Annual report of the Bengal Veterinary College and of the Civil Veterinary Department, Bengal, for the year 1917-18 - 1917-1918
Year: 1917
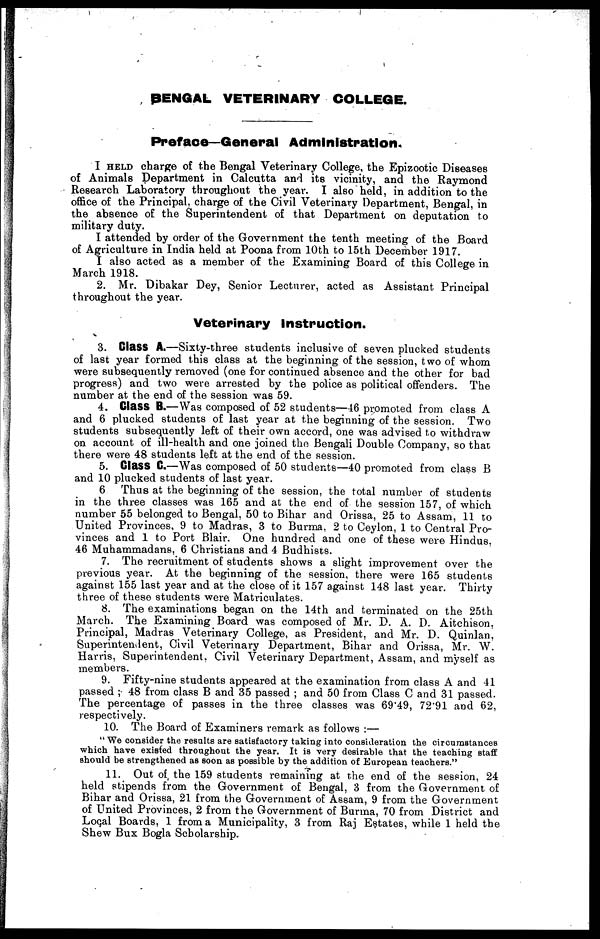
BENGAL VETERINARY COLLEGE.
Preface—General Administration.
I HELD charge of the Bengal Veterinary College, the Epizootic Diseases
of Animals Department in Calcutta and its vicinity, and the Raymond
Research Laboratory throughout the year. I also held, in addition to the
office of the Principal, charge of the Civil Veterinary Department, Bengal, in
the absence of the Superintendent of that Department on deputation to
military duty.
I attended by order of the Government the tenth meeting of the Board
of Agriculture in India held at Poona from 10th to 15th December 1917.
I also acted as a member of the Examining Board of this College in
March 1918.
2. Mr. Dibakar Dey, Senior Lecturer, acted as Assistant Principal
throughout the year.
Veterinary Instruction.
3. Class A.—Sixty-three students inclusive of seven plucked students
of last year formed this class at the beginning of the session, two of whom
were subsequently removed (one for continued absence and the other for bad
progress) and two were arrested by the police as political offenders. The
number at the end of the session was 59.
4. Class B.—Was composed of 52 students—46 promoted from class A
and 6 plucked students of last year at the beginning of the session. Two
students subsequently left of their own accord, one was advised to withdraw
on account of ill-health and one joined the Bengali Double Company, so that
there were 48 students left at the end of the session.
5. Class C.—Was composed of 50 students—40 promoted from class B
and 10 plucked students of last year.
6 Thus at the beginning of the session, the total number of students
in the three classes was 165 and at the end of the session 157, of which
number 55 belonged to Bengal, 50 to Bihar and Orissa, 25 to Assam, 11 to
United Provinces, 9 to Madras, 3 to Burma, 2 to Ceylon, 1 to Central Pro-
vinces and 1 to Port Blair. One hundred and one of these were Hindus,
46 Muhammadans, 6 Christians and 4 Budhists.
7. The recruitment of students shows a slight improvement over the
previous year. At the beginning of the session, there were 165 students
against 155 last year and at the close of it 157 against 148 la6t year. Thirty
three of these students were Matriculates.
8. The examinations began on the 14th and terminated on the 25th
March. The Examining Board was composed of Mr. D. A. D. Aitchison,
Principal, Madras Veterinary College, as President, and Mr. D. Quinlan,
Superintendent, Civil Veterinary Department, Bihar and Orissa, Mr. W.
Harris, Superintendent. Civil Veterinary Department, Assam, and myself as
members.
9. Fifty-nine students appeared at the examination from class A and 41
passed ; 48 from class B and 35 passed ; and 50 from Class C and 31 passed.
The percentage of passes in the three classes was 69.49, 72.91 and 62,
respectively.
10. The Board of Examiners remark as follows :—
"We consider the results are satisfactory taking into consideration the circumstances
which have existed throughout the year. It is very desirable that the teaching staff
should be strengthened as soon as possible by the addition of European teachers."
11. Out of, the 159 students remaining at the end of the session, 24
held stipends from the Government of Bengal, 3 from the Government of
Bihar and Orissa, 21 from the Government of Assam, 9 from the Government
of United Provinces, 2 from the Government of Burma, 70 from District and
Local Boards, 1 from a Municipality, 3 from Raj Estates, while 1 held the
Shew Bux Bogla Scholarship.